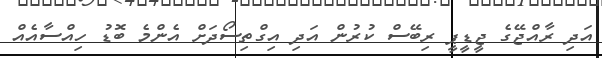
އަދި ރާއްޖޭގެ ޖީޑީޕީ ރިބޭސް ކުރުން އަދި އިގްތިސޯދަށް އެންމެ ބޮޑު ހިއްސާއެއް